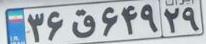
۳۶ق۶۴۹۲۹